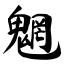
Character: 魍